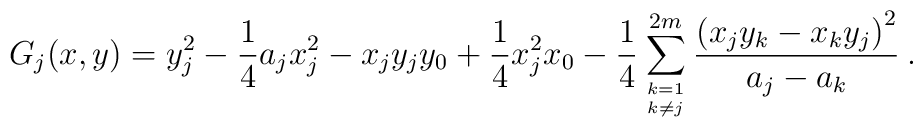
G_j(x,y) = y_j^2 - {1\over 4} a_j x_j^2 - x_j y_j y_0 +{1\over 4} x_j^2 x_0-{1\over 4}\sum_{k=1\atop k\neq j}^{2m}{\left(x_j y_k - x_k y_j\right)^2\over a_j - a_k} \> .